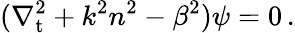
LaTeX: (\nabla_{\mathrm{t}}^{2}+k^{2}n^{2}-\beta^{2})\psi=0\, .